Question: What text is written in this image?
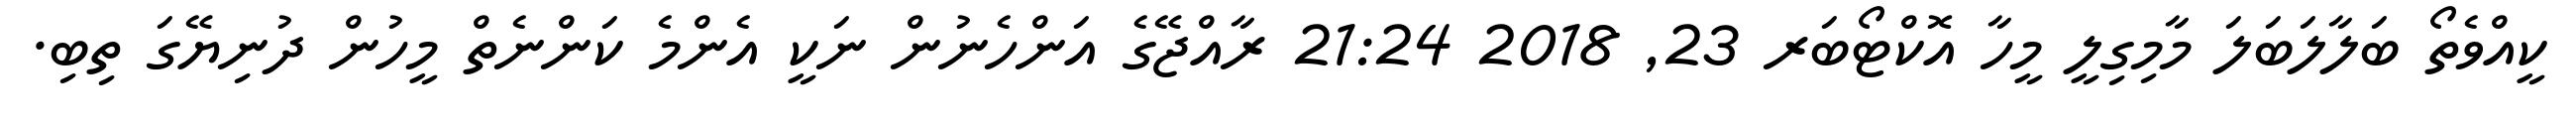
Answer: ކީއްވެތޯ ބަލާލަބަލަ މާމިގިލީ މީހާ އޮކްޓޯބަރ 23, 2018 21:24 ރާއްޖޭގެ އަންހެނުން ނަކީ އެންމެ ކަންނެތް މީހުން ދުނިޔޭގަ ތިބި.